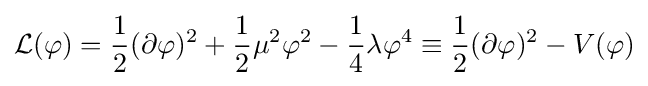
{\mathcal {L}}(\varphi )={\frac {1}{2}}(\partial \varphi )^{2}+{\frac {1}{2}}\mu ^{2}\varphi ^{2}-{\frac {1}{4}}\lambda \varphi ^{4}\equiv {\frac {1}{2}}(\partial \varphi )^{2}-V(\varphi )